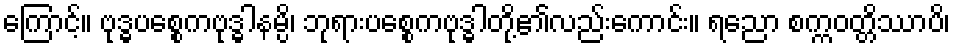
ကြောင့်။ ဗုဒ္ဓပစ္စေကဗုဒ္ဓါနမ္ပိ၊ ဘုရားပစ္စေကဗုဒ္ဓါတို့၏လည်းကောင်း။ ရညော စက္ကဝတ္တိဿာပိ၊